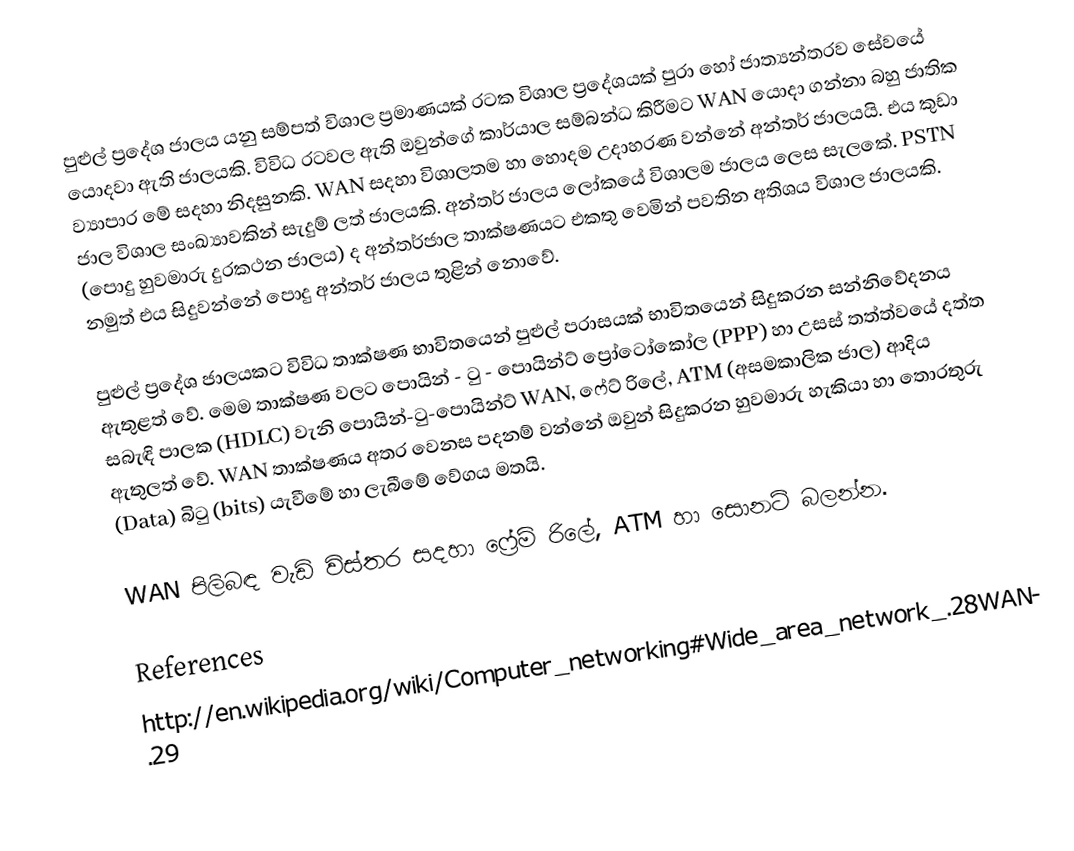
පුළුල් ප්‍රදේශ ජාලය යනු සම්පත් විශාල ප්‍රමාණයක් රටක විශාල ප්‍රදේශයක් පුරා හෝ ජාත්‍යන්තරව සේවයේ යොදවා ඇති ජාලයකි. විවිධ රටවල ඇති ඔවුන්ගේ කාර්යාල සම්බන්ධ කිරීමට  WAN යොදා ගන්නා බහු ජාතික ව්‍යාපාර මේ සදහා නිදසුනකි. WAN සදහා විශාලතම හා හොදම උදාහරණ වන්නේ අන්තර් ජාලයයි. එය කුඩා ජාල විශාල සංඛ්‍යාවකින් සැදුම් ලත් ජාලයකි. අන්තර් ජාලය ලෝකයේ විශාලම ජාලය ලෙස සැලකේ. PSTN  (පොදු හුවමාරු දුරකථන ජාලය) ද අන්තර්ජාල තාක්ෂණයට එකතු වෙමින් පවතින අතිශය විශාල ජාලයකි. නමුත් එය සිදුවන්නේ පොදු අන්තර් ජාලය තුළින් නොවේ.

පුළුල් ප්‍රදේශ ජාලයකට විවිධ තාක්ෂණ භාවිතයෙන් පුළුල් පරාසයක් භාවිතයෙන් සිදුකරන සන්නිවේදනය ඇතුළත් වේ. මෙම තාක්ෂණ වලට පොයින් - ටු - පොයින්ට් ප්‍රෝටෝකෝල (PPP) හා උසස් තත්ත්වයේ දත්ත සබැඳි පාලක (HDLC) වැනි පොයින්-ටු-පොයින්ට් WAN, ෆේට් රිලේ, ATM (අසමකාලික ජාල) ආදිය ඇතුලත් වේ. WAN තාක්ෂණය අතර වෙනස පදනම් වන්නේ ඔවුන් සිදුකරන හුවමාරු හැකියා හා තොරතුරු (Data) බිටු (bits) යැවීමේ හා ලැබීමේ වේගය මතයි.

WAN පිලිබඳ වැඩි විස්තර සදහා ෆ්‍රේම් රිලේ, ATM හා සොනට් බලන්න.

References
http://en.wikipedia.org/wiki/Computer_networking#Wide_area_network_.28WAN.29